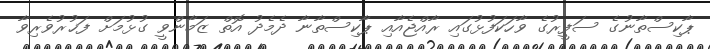
ޕާކިސްތާނުގެ ސަފީރުގެ ވާހަކަފުޅުގައި ރާއްޖެއާއި ޕާކިސްތާނާ ދެމެދު އޮތް ޒަމާންވީ ގުޅުމަށް ފަޚުރުވެރިވާ